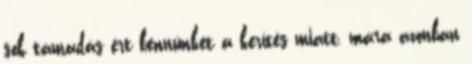
sok támadás ért bennünket a kerítés miatt, mára azonban